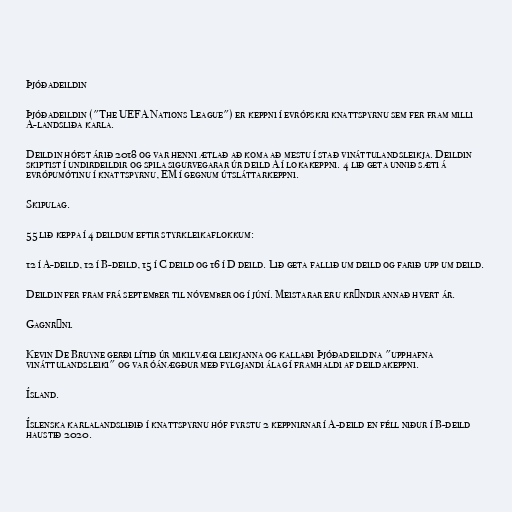
Þjóðadeildin

Þjóðadeildin ("The UEFA Nations League") er keppni í evrópskri knattspyrnu sem fer fram milli
A-landsliða karla.

Deildin hófst árið 2018 og var henni ætlað að koma að mestu í stað vináttulandsleikja. Deildin
skiptist í undirdeildir og spila sigurvegarar úr deild A í lokakeppni. 4 lið geta unnið sæti á
evrópumótinu í knattspyrnu, EM í gegnum útsláttarkeppni.

Skipulag.

55 lið keppa í 4 deildum eftir styrkleikaflokkum:

12 í A-deild, 12 í B-deild, 15 í C deild og 16 í D deild. Lið geta fallið um deild og farið upp um deild.

Deildin fer fram frá september til nóvember og í júní. Meistarar eru krýndir annað hvert ár.

Gagnrýni.

Kevin De Bruyne gerði lítið úr mikilvægi leikjanna og kallaði Þjóðadeildina "upphafna
vináttulandsleiki" og var óánægður með fylgjandi álag í framhaldi af deildakeppni.

Ísland.

Íslenska karlalandsliðið í knattspyrnu hóf fyrstu 2 keppnirnar í A-deild en féll niður í B-deild
haustið 2020.